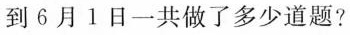
到6月1日一共做了多少道题?